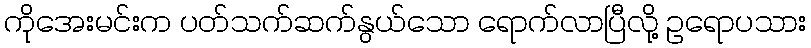
ကိုအေးမင်းက ပတ်သက်ဆက်နွယ်သော ရောက်လာပြီလို့ ဥရောပသား